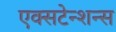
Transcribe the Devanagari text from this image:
एक्सटेन्शन्स